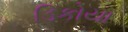
ડિકોયા